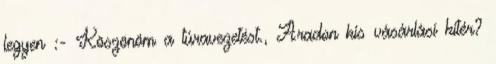
legyen :- Köszönöm a túravezetést., Aradon kis vásárlási kitér?